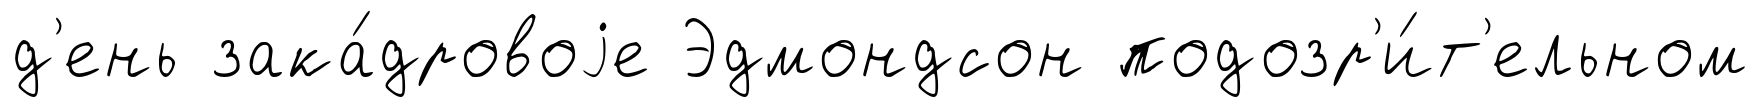
д'ень зака́дровоjе Эдмондсон подозр'и́т'ельном